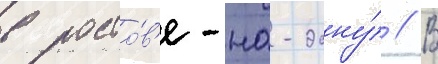
в росто́в'е-на-дону́ // В